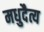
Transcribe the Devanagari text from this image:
मधुदैत्य